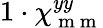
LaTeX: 1\cdot\chi_{\mathrm{~m~m~}}^{yy}